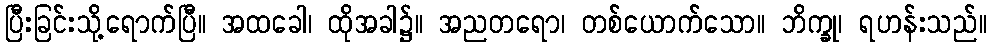
ပြီးခြင်းသို့ရောက်ပြီ။ အထခေါ၊ ထိုအခါ၌။ အညတရော၊ တစ်ယောက်သော။ ဘိက္ခု၊ ရဟန်းသည်။